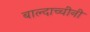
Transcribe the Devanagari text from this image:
बाल्दाच्चीनी